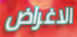
الاغراض